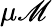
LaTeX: \mu\mathscr{M}